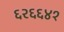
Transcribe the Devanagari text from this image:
६२६६४१